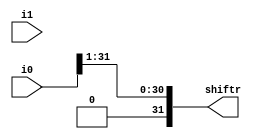
module shiftr(i0,i1,shiftr);
input [31:0] i0,i1;
output [31:0] shiftr;


assign shiftr = i0>>1;

endmodule